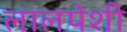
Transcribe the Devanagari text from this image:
लालपेशी